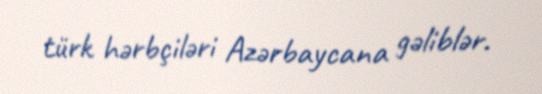
türk hərbçiləri Azərbaycana gəliblər.